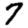
Digit: 7